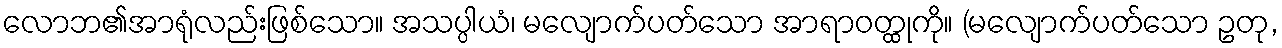
လောဘ၏အာရုံလည်းဖြစ်သော။ အသပ္ပါယံ၊ မလျောက်ပတ်သော အာရာဝတ္ထုကို။ (မလျောက်ပတ်သော ဥတု,